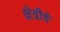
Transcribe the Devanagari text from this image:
क्षेत्रीचे